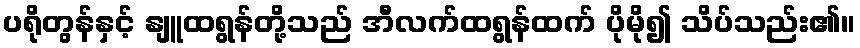
ပရိုတွန်နှင့် နျူထရွန်တို့သည် အီလက်ထရွန်ထက် ပိုမို၍ သိပ်သည်း၏။